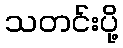
သတင်းပို့